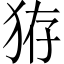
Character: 𤞐